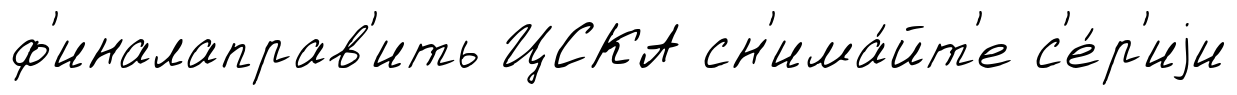
ф'иналаправ'ить ЦСКА сн'има́йт'е с'е́р'иjи